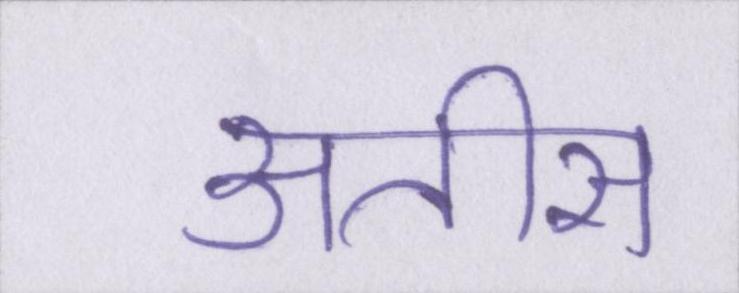
अतीस